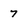
Character: 7